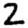
Digit: 2